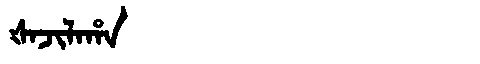
Manchu: ᡧᠠᠵᡳᠯᠠᡥᠠ
Romanization: ŠAJILAHA